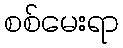
စစ်မေးရာ